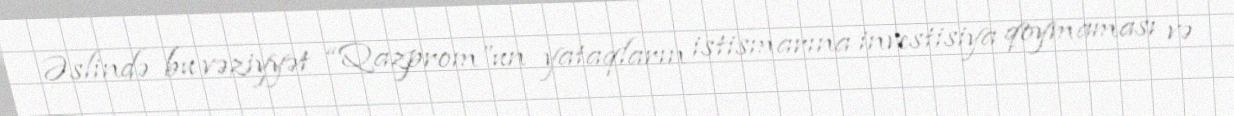
Əslində bu vəziyyət “Qazprom”un yataqların istismarına investisiya qoymaması və